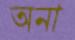
অনা